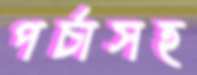
পর্চাসহ